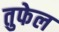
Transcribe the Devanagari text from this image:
तुफेल